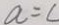
a = c